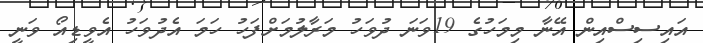
އައިސިސްއިން އޭނާ މިމަހުގެ 19ވަނަ ދުވަހު މަރާލުމަށްފަހު ހަމަ އެދުވަހު އެވީޑިއޯ ވަނީ